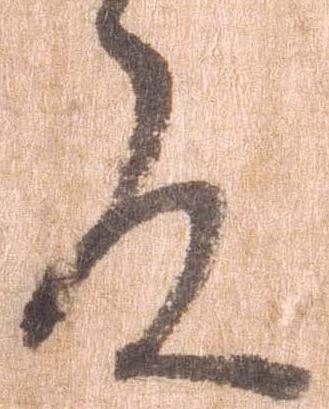
殿